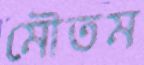
মৌতম